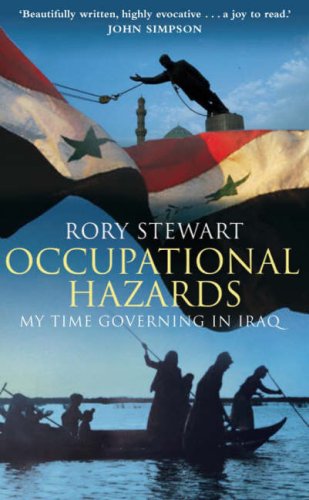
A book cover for OCCUPATIONAL HAZARDS. My Time Governing in Iraq.; Rory Stewart; Travel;